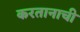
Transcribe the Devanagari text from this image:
करतानाची